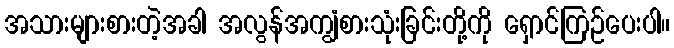
အသားများစားတဲ့အခါ အလွန်အကျွံစားသုံးခြင်းတို့ကို ရှောင်ကြဉ်ပေးပါ။